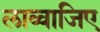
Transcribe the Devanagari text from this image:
लाव्वाजिए